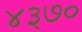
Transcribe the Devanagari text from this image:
४३७०